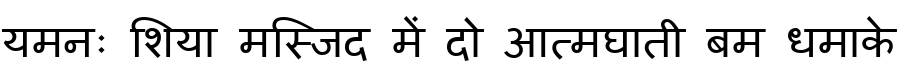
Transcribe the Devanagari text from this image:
यमनः शिया मस्जिद में दो आत्मघाती बम धमाके